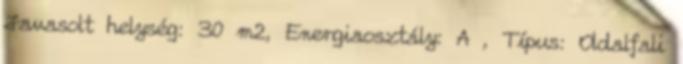
Javasolt helység: 30 m2, Energiaosztály: A , Típus: Oldalfali